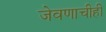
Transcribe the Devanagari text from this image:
जेवणाचीही